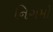
નિગમો